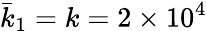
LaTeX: \bar{k}_{1}=k=2\times 10^{4}